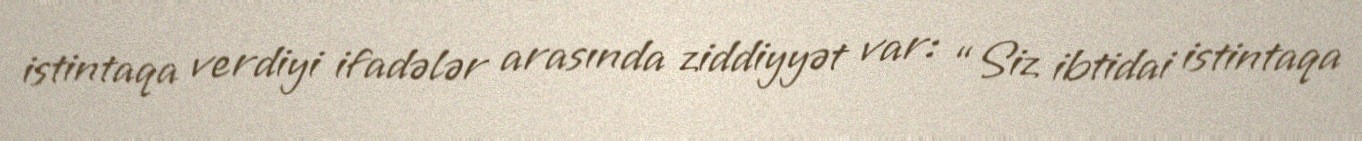
istintaqa verdiyi ifadələr arasında ziddiyyət var: “Siz ibtidai istintaqa